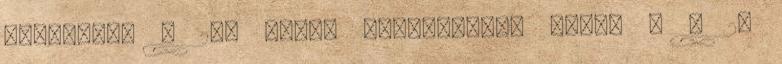
fogyasztó a 20. §-ban biztosított jogát a a 2.